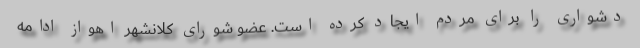
دشواری را برای مردم ایجاد کرده است. عضو شورای کلانشهر اهواز ادامه